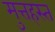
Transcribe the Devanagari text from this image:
मुत्तहस्त